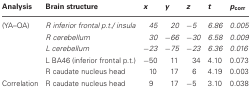
| Analysis | Brain structure | x | y | z | t | pcorr |
 | --- | --- | --- | --- | --- | --- | --- |
 | (YA–OA) | R inferior frontal p.t./ insula | 45 | 20 | −5 | 6.86 | 0.005 |
 |  | R cerebellum | 30 | −66 | −30 | 6.58 | 0.009 |
 |  | L cerebellum | −23 | −75 | −23 | 6.36 | 0.016 |
 |  | L BA46 (inferior frontal p.t.) | −50 | 11 | 34 | 4.10 | 0.073 |
 |  | R caudate nucleus head | 10 | 17 | 6 | 4.19 | 0.003 |
 | Correlation | R caudate nucleus head | 9 | 17 | −5 | 3.10 | 0.038 |